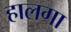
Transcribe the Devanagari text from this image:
हालगा